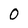
Character: O